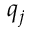
q _ { j }